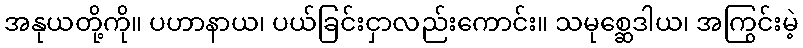
အနုယတို့ကို။ ပဟာနာယ၊ ပယ်ခြင်းငှာလည်းကောင်း။ သမုစ္ဆေဒါယ၊ အကြွင်းမဲ့